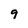
Character: 9